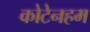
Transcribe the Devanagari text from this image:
कोटेनहम